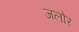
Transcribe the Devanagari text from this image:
जलोर